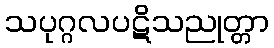
သပုဂ္ဂလပဋိသညုတ္တာ